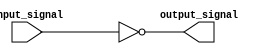
module active_low_buffer (
    input wire input_signal,
    output wire output_signal
);

assign output_signal = ~input_signal;

endmodule